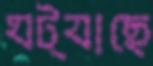
ঘট্যাছে